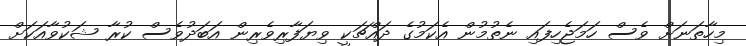
މިހާތަނަށް ވެސް ހަމަޖެހިފައި ނެތުމުން އެކަމުގެ ދައްޗަކީ ވިޔަފާރިވެރިން އަބަދުވެސް ކުރާ ޝަކުވާއަކަށް